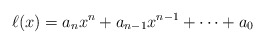
\begin{align*}\ell(x)=a_nx^n+a_{n-1}x^{n-1}+\cdots +a_0\end{align*}